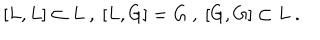
LaTeX: [ L , L ] \subset L \ , \ [ L , G ] = G \ , \ [ G , G ] \subset L \ .